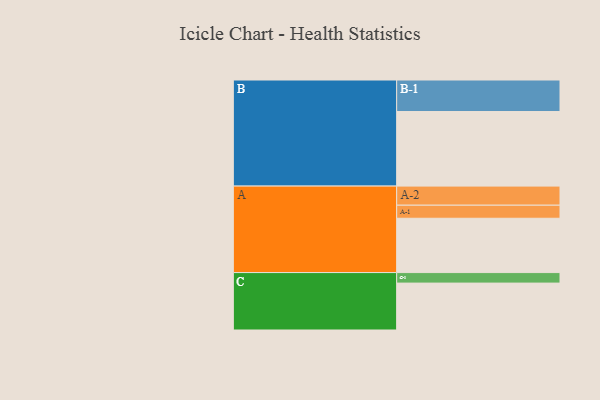
{"axis": {"x": "Segment", "y": "Value"}, "legend": ["", "A", "B", "C"], "data": [{"x": "A", "y": 424, "type": ""}, {"x": "B", "y": 582, "type": ""}, {"x": "C", "y": 366, "type": ""}, {"x": "A-1", "y": 102, "type": "A"}, {"x": "A-2", "y": 149, "type": "A"}, {"x": "B-1", "y": 246, "type": "B"}, {"x": "C-1", "y": 82, "type": "C"}]}